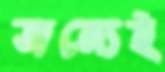
জন্যেই